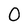
Character: 0